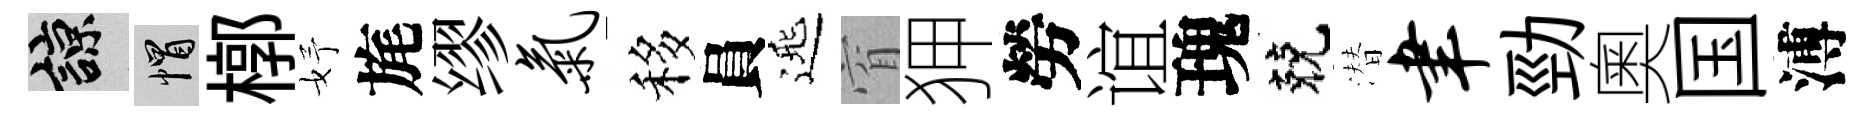
諒帽槨妤旄缪气移員𨓱窅狎勞谊瑰兢潜聿勁奧国溥